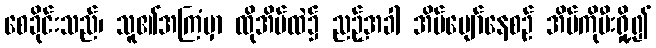
စေခိုင်းသည်၊ သူ၏အကြံမှာ ထိုအိမ်ထဲ၌ ညဉ့်အခါ အိပ်ပျော်နေစဉ် အိမ်ကိုမီးရှို့၍